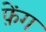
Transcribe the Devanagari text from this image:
फ़ेंग